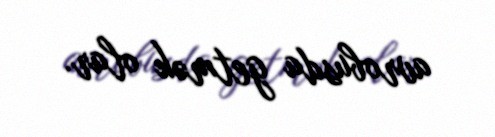
avrobusda getmək olar.